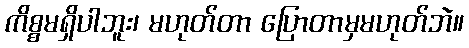
ကိစ္စမရှိပါဘူး၊ မဟုတ်တာ ပြောတာမှမဟုတ်ဘဲ။